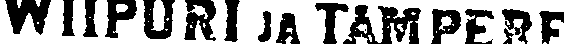
WIIPURI JA TAMPERE